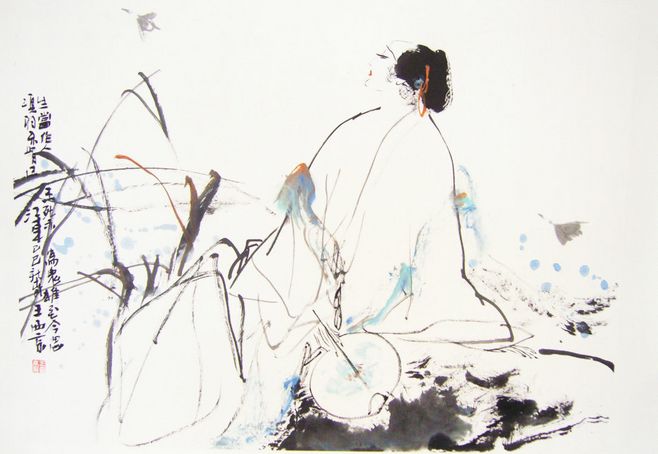
至今思项羽，不肯过江东。